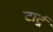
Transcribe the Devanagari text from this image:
टार्टू